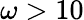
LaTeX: \omega>10